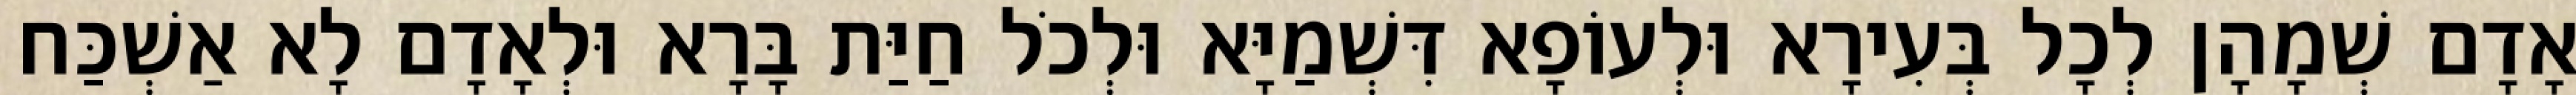
אָדָם שְׁמָהָן לְכָל בְּעִירָא וּלְעוֹפָא דִּשְׁמַיָּא וּלְכֹל חַיַּת בָּרָא וּלְאָדָם לָא אַשְׁכַּח